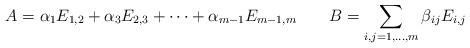
LaTeX: \begin{align*} A = \alpha_1 E_{1,2} + \alpha_3 E_{2,3} + \dots + \alpha_{m-1} E_{m-1, m} \qquad B = \sum_{i, j = 1, \ldots, m} \beta_{ij} E_{i, j} \end{align*}